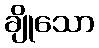
ချိုသော